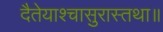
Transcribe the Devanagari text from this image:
दैतेयाश्चासुरास्तथा॥